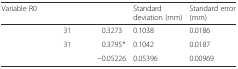
<table><thead><tr><td><b>Variable R0</b></td><td>[EMPTY_CELL]</td><td>[EMPTY_CELL]</td><td><b>Standard deviation (mm)</b></td><td><b>Standard error (mm)</b></td></tr></thead><tbody><tr><td>[EMPTY_CELL]</td><td>31</td><td>0.3273</td><td>0.1038</td><td>0.0186</td></tr><tr><td>[EMPTY_CELL]</td><td>31</td><td>0.3795*</td><td>0.1042</td><td>0.0187</td></tr><tr><td>[EMPTY_CELL]</td><td>[EMPTY_CELL]</td><td>−0.05226</td><td>0.05396</td><td>0.00969</td></tr></tbody></table>